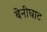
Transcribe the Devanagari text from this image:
बेनीघाट